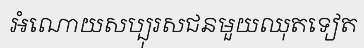
អំណោយសប្បុរសជនមួយឈុតទៀត